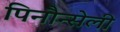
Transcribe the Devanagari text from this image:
पिनौन्सेली